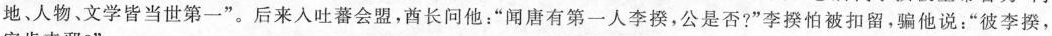
地、人物、文学皆当世第一”。后来入吐蕃会盟，酋长问他：”闻唐有第一人李揆，公是否?”李揆怕被扣留，骗他说：”彼李揆，